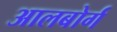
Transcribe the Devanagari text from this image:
आलबोर्ग